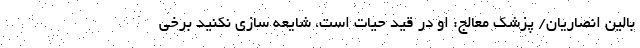
بالین انصاریان/ پزشک معالج: او در قید حیات است، شایعه سازی نکنید برخی